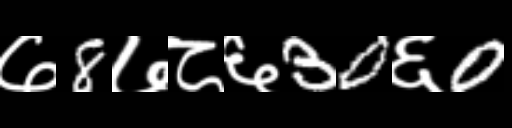
Text: ७8७८६30६0